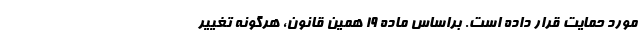
مورد حمایت قرار داده است. براساس ماده 19 همین قانون، هرگونه تغییر